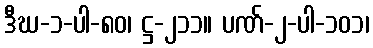
ဒီဃ-၁-ပါ-၈၀၊ ဋ္ဌ-၂၁၁။ ပဏ်-၂-ပါ-၁၀၁၊